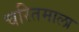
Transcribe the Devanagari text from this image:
चरितमाला